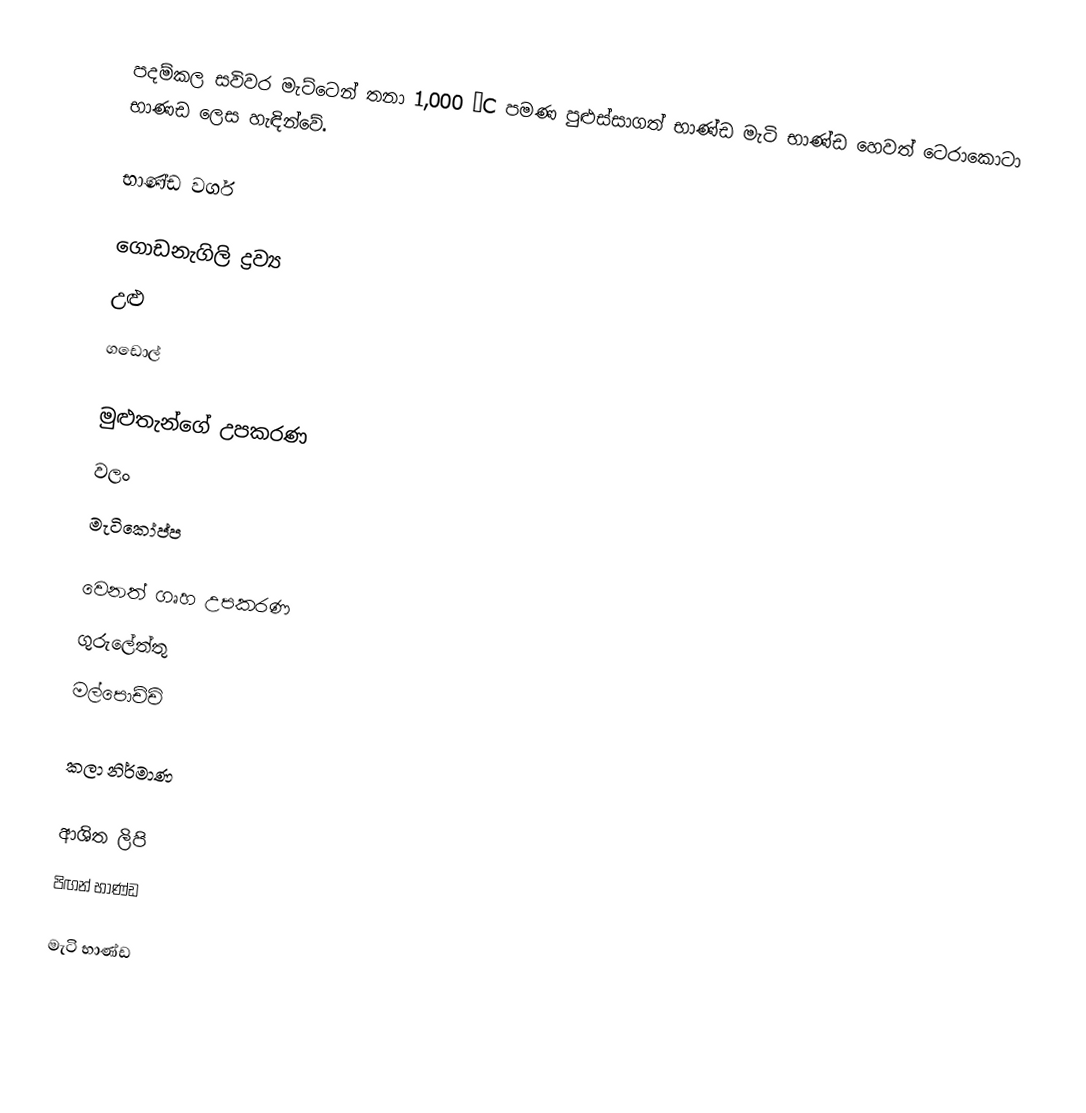
පදම්කල සවිවර මැට්ටෙන් තනා 1,000 °C පමණ පුළුස්සාගත් භාණ්ඩ මැටි භාණ්ඩ හෙවත් ටෙරාකොටා භාණඩ ලෙස හැඳින්වේ.

භාණ්ඩ වර්ග

ගොඩනැගිලි ද්‍රව්‍ය
 උළු
 ගඩොල්

මුළුතැන්ගේ උපකරණ
 වලං
 මැටිකෝප්ප

වෙනත් ගෘහ උපකරණ
 ගුරුලේත්තු
 මල්පොච්චි

කලා නිර්මාණ

ආශිත ලිපි
 පිඟන් භාණ්ඩ

මැටි භාණ්ඩ